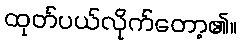
ထုတ်ပယ်လိုက်တော့၏။